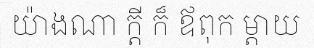
យ៉ាងណា ក្តី ក៏ ឪពុក ម្តាយ